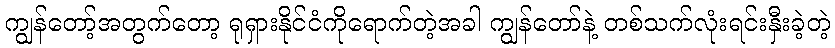
ကျွန်တော့်အတွက်တော့ ရုရှားနိုင်ငံကိုရောက်တဲ့အခါ ကျွန်တော်နဲ့ တစ်သက်လုံးရင်းနှီးခဲ့တဲ့